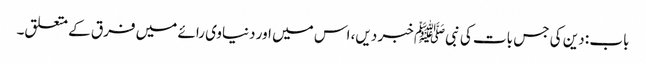
باب : دین کی جس بات کی نبیﷺ خبر دیں، اس میں اور دنیاوی رائے میں فرق کے متعلق۔